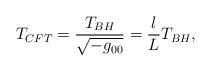
LaTeX: \begin{align*}T_{CFT}=\frac{T_{BH}}{\sqrt{-g_{00}}}=\frac{l}{L}T_{BH},\end{align*}